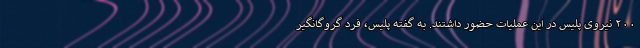
۲۰۰ نیروی پلیس در این عملیات حضور داشتند. به گفته پلیس، فرد گروگانگیر